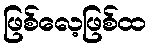
ဖြစ်လေ့ဖြစ်ထ